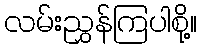
လမ်းညွှန်ကြပါစို့။